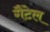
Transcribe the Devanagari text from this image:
गैटेल